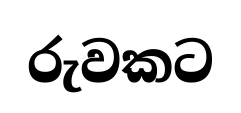
රුවකට